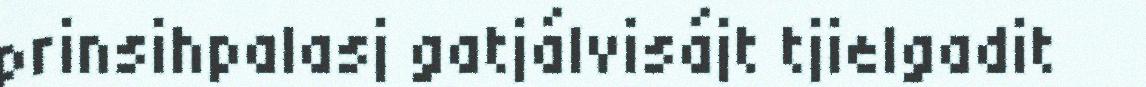
prinsihpalasj gatjálvisájt tjielgadit